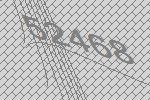
52468